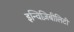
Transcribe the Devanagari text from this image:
इन्विज़िबीलिटी